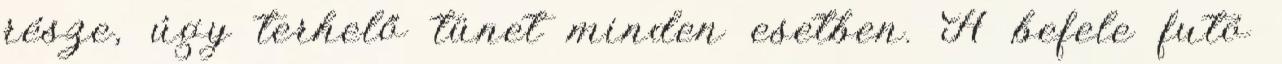
része, úgy terhelő tünet minden esetben. A befele futó